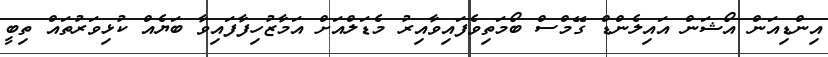
އިންޑިއަން އޯޝަން އައިލެންޑް ގޭމްސް ބޯމަތިވެފައިވާއިރު މެޑަލްއަށް އަމާޒުހިފާފައިވާ ބަޔެއް ކުޅިވަރުތައް ތިބީ